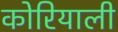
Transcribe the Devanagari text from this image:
कोरियाली